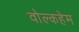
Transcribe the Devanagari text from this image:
वोल्कहेम